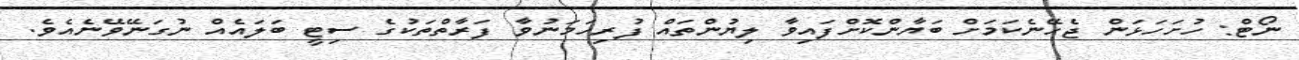
ނޯޓް: ހުށަހަޅަން ޖެހޭނެކަމަށް ބަޔާންކޮށްފައިވާ ލިޔުންތައް ފުރިހަމަނުވާ ފަރާތްތަކުގެ ސިޓީ ބަލައެއް ނުގަނޭވޭނެއެވެ.